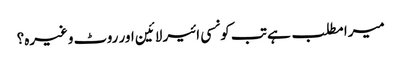
میرا مطلب ہے تب کونسی ائیر لائین اور روٹ وغیرہ؟